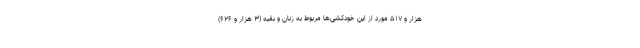
هزار و ۵۱۷ مورد از این خودکشی‌ها مربوط به زنان و بقیه (۳ هزار و ۶۲۶)